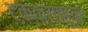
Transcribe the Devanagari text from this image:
टक्‍क्‍याहून